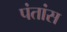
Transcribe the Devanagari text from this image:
पंतांस